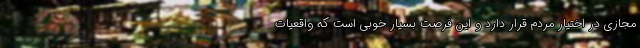
مجازی در اختیار مردم قرار دارد و این فرصت بسیار خوبی است که واقعیات